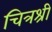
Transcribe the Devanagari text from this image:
चित्रश्री